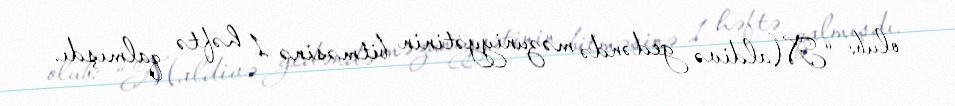
olub: “Maldivə gedəndə məzuniyyətinin bitməsinə 1 həftə qalmışdı.